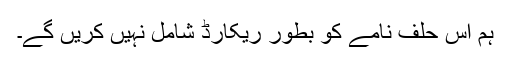
ہم اس حلف نامے کو بطور ریکارڈ شامل نہیں کریں گے۔